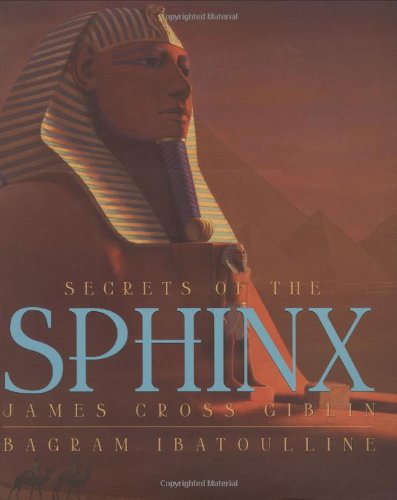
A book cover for Secrets Of The Sphinx (Orbis Pictus Honor for Outstanding Nonfiction for Children (Awards)); James Cross Giblin; Children's Books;